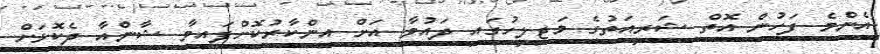
އެންމެ ފަހުން އޮތް ޝަރީއަތުގެ މަޖިލީހުގައި ދައުވާ އަށް އިންކާރުކޮށްފައިވާ ޝާންއާ ދެކޮޅަށް